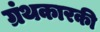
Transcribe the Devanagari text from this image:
ग्रंथकारकी